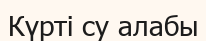
Күрті су алабы